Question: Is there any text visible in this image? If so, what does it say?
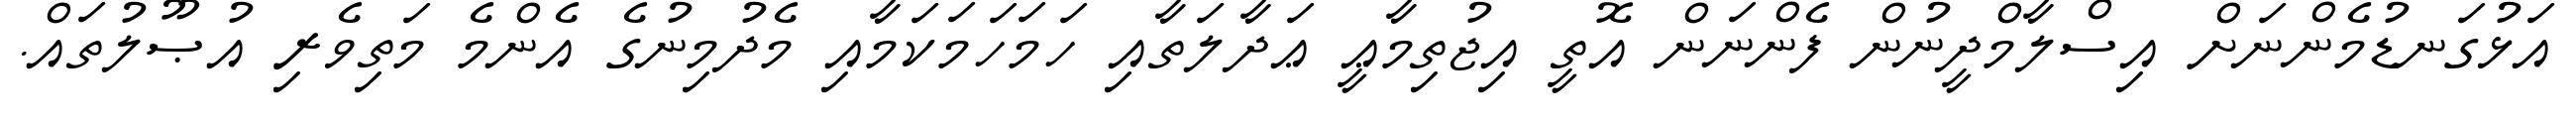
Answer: އަޅުގަނޑުމެންނަށް އިސްލާމްދީނުން ފެންނަން އޮތީ އިޖުތިމާޢީ ޢަދާލަތާއި ހަމަހަމަކަމާއި މެދުމިނުގެ އެންމެ މަތިވެރި އުޞޫލުތައް.